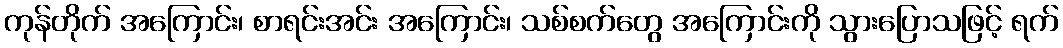
ကုန်တိုက် အကြောင်း၊ စာရင်းအင်း အကြောင်း၊ သစ်စက်တွေ အကြောင်းကို သွားပြောသဖြင့် ရက်